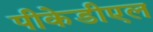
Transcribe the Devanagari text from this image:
पीकेडीएल